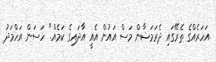
އަހަރެއްގެ ތެރޭގައި ދެރަމަޟާން މަސް އައުން އެއީ އާދައިގެ ކަމެއް." ހަސަން އަހްމަދު